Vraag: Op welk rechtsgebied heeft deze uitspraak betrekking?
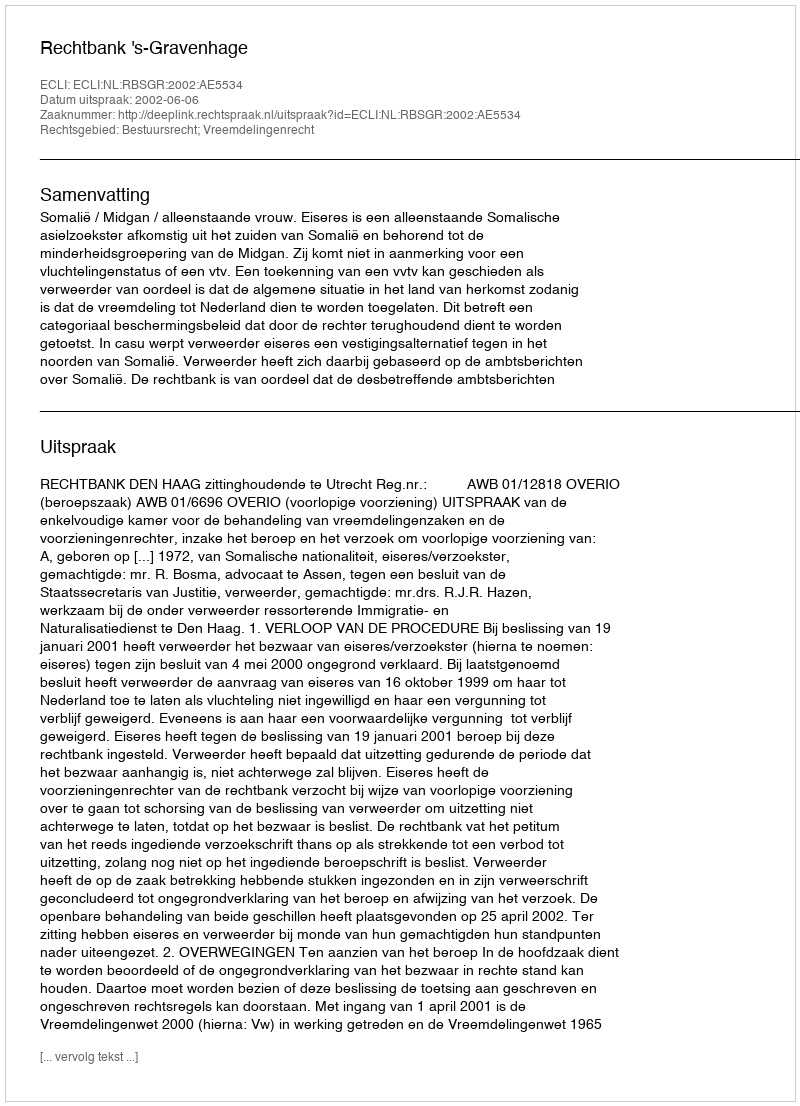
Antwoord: Bestuursrecht; Vreemdelingenrecht